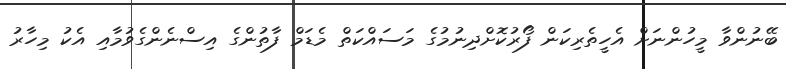
ބޭނުންވާ މީހުންނަށް އެހީތެރިކަން ފޯރުކޮށްދިނުމުގެ މަސައްކަތް މެޑަމް ފާތުންގެ އިސްނެންގެވުމާއި އެކު މިހާރު